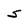
Character: 5